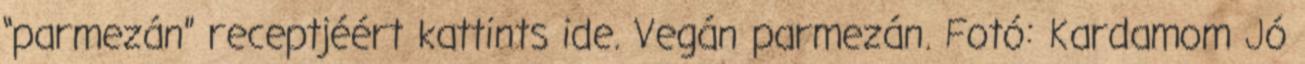
“parmezán” receptjéért kattints ide. Vegán parmezán. Fotó: Kardamom Jó